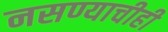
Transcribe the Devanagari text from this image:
नसण्याचीही